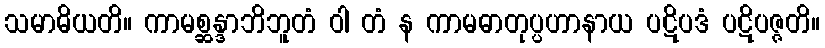
သမာဓိယတိ။ ကာမစ္ဆန္ဒာဘိဘူတံ ဝါ တံ န ကာမဓာတုပ္ပဟာနာယ ပဋိပဒံ ပဋိပဇ္ဇတိ။